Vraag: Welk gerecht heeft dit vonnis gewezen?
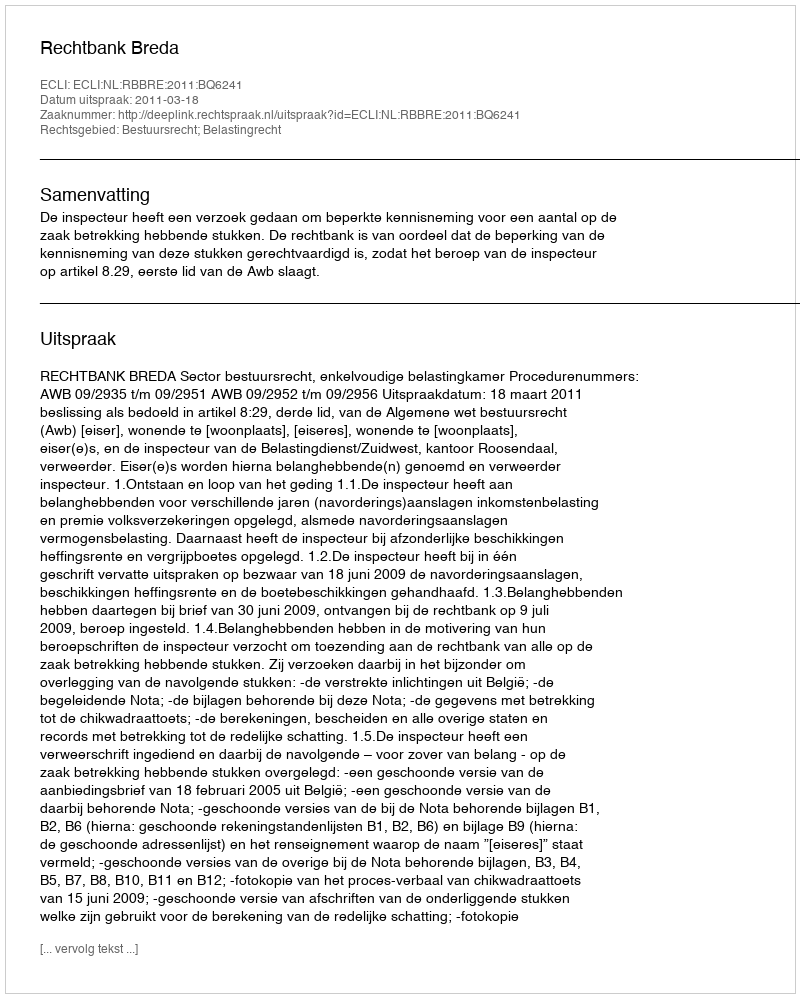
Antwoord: Rechtbank Breda